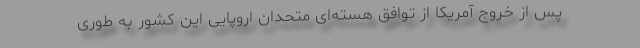
پس از خروج آمریکا از توافق هسته‌ای متحدان اروپایی این کشور به طوری